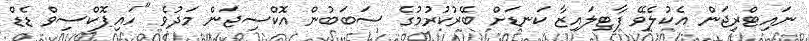
ނައިޓްރިޖަން އެކުލެވޭ ފާޓިލައިޒާ ކަނޑަށް ބޭރުކުރުމުގެ ސަބަބުން އޮކްސިޖަން މަދުވެ "ހައިޕޮކްސިވް ޑެޑް